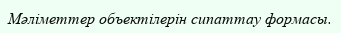
Мәліметтер объектілерін сипаттау формасы.